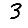
Digit: 3